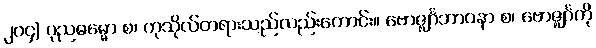
၂၀၄] ပုညဓမ္မော စ၊ ကုသိုလ်တရားသည်လည်းကောင်း။ ဗောဇ္ဈင်္ဂဘာဝနာ စ၊ ဗောဇ္ဈင်္ဂကို